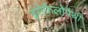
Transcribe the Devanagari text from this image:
इंसेफैलोपैथी